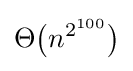
\Theta {\bigl (}n^{2^{100}}{\bigr )}